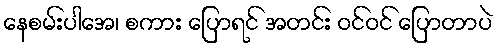
နေစမ်းပါအေ၊ စကား ပြောရင် အတင်း ဝင်ဝင် ပြောတာပဲ